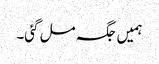
ہمیں جگہ مل گئی۔